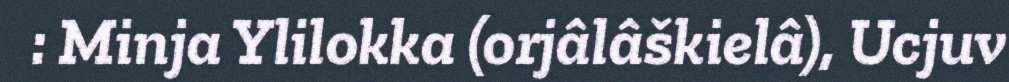
: Minja Ylilokka (orjâlâškielâ), Ucjuv